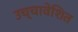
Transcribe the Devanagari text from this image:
उच्चावेशित